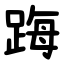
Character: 踇